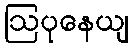
ဩပုနေယျ